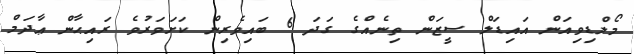
މޯލްޑިވިއަން އައިޑަލް ސީޒަން ތިނެއްގެ ގަދަ 6 ބައިވެރިން ކަށަވަރުވެ ރައިޙާން ޢާދަމް